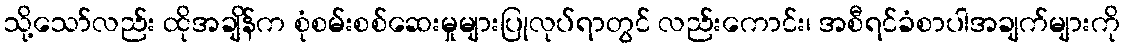
သို့သော်လည်း ထိုအချိန်က စုံစမ်းစစ်ဆေးမှုများပြုလုပ်ရာတွင် လည်းကောင်း၊ အစီရင်ခံစာပါအချက်များကို